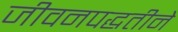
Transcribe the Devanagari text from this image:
जीवनपद्धतीने